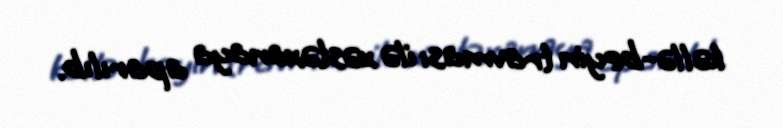
kəllə-beyin travması ilə xəstəxanaya aparılıb.